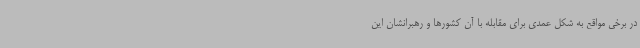
در برخی مواقع به شکل عمدی برای مقابله با آن کشورها و رهبرانشان این